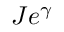
J e ^ { \gamma }